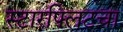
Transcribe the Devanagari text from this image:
स्टारफ्लिटचा